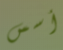
أسس